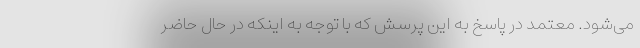
می‌شود. معتمد در پاسخ به این پرسش که با توجه به اینکه در حال حاضر